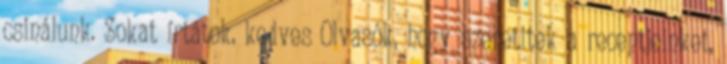
csinálunk. Sokat írtátok, kedves Olvasók, hogy szeretitek a receptjeinket,